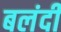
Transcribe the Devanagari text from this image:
बलंदी